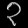
Digit: ၃